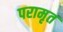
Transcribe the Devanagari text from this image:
परामृत